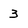
Character: 3